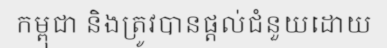
កម្ពុជា និងត្រូវបានផ្តល់ជំនួយដោយ